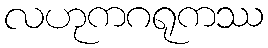
လဟုကဂရုကဿ